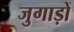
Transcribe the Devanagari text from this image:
जुगाड़ों